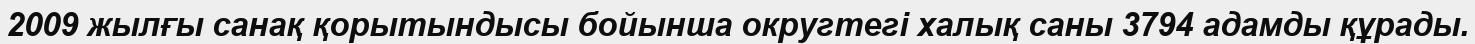
2009 жылғы санақ қорытындысы бойынша округтегі халық саны 3794 адамды құрады.